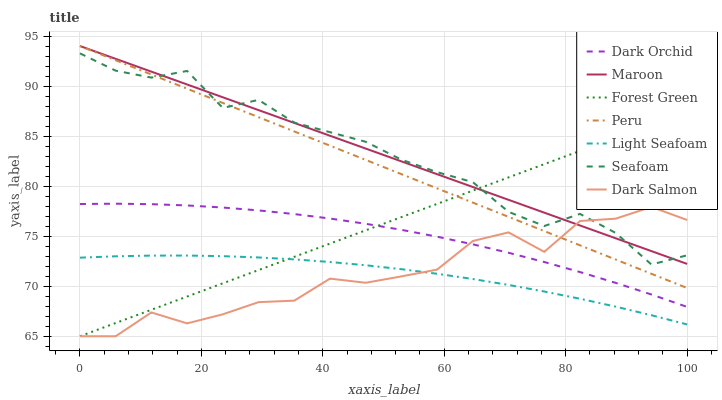
| xaxis_label | Dark Orchid | Maroon | Forest Green | Peru | Light Seafoam | Seafoam | Dark Salmon |
 | --- | --- | --- | --- | --- | --- | --- | --- |
 | 0 | 78.2 | 94 | 65 | 94 | 72.9 | 93.3 | 65 |
 | 5.88 | 78.2 | 92.7 | 66.3 | 92.6 | 73 | 91.5 | 65 |
 | 11.8 | 78.2 | 91.4 | 67.6 | 91.2 | 73.1 | 90.8 | 67.4 |
 | 17.6 | 78.1 | 90.2 | 69 | 89.7 | 73.1 | 91.5 | 66.3 |
 | 23.5 | 77.9 | 88.9 | 70.3 | 88.3 | 73 | 87.8 | 67.2 |
 | 29.4 | 77.6 | 87.6 | 71.6 | 86.9 | 72.9 | 88.6 | 68.4 |
 | 35.3 | 77.2 | 86.3 | 72.9 | 85.5 | 72.7 | 86.3 | 68.6 |
 | 41.2 | 76.8 | 85 | 74.3 | 84 | 72.4 | 85.4 | 70.8 |
 | 47.1 | 76.2 | 83.8 | 75.6 | 82.6 | 72.1 | 84.4 | 70.3 |
 | 52.9 | 75.6 | 82.5 | 76.9 | 81.2 | 71.7 | 82.6 | 71 |
 | 58.8 | 74.9 | 81.2 | 78.2 | 79.8 | 71.2 | 81.4 | 71.7 |
 | 64.7 | 74.2 | 79.9 | 79.6 | 78.4 | 70.7 | 80.4 | 74.5 |
 | 70.6 | 73.3 | 78.6 | 80.9 | 76.9 | 70.1 | 77.4 | 75.4 |
 | 76.5 | 72.4 | 77.4 | 82.2 | 75.5 | 69.5 | 76 | 73.4 |
 | 82.4 | 71.4 | 76.1 | 83.5 | 74.1 | 68.7 | 77.2 | 76.5 |
 | 88.2 | 70.3 | 74.8 | 84.8 | 72.7 | 68 | 75.3 | 76.8 |
 | 94.1 | 69.2 | 73.5 | 86.2 | 71.2 | 67.1 | 72.2 | 77.9 |
 | 100 | 67.9 | 72.2 | 87.5 | 69.8 | 66.2 | 73.1 | 76.6 |